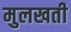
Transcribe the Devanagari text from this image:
मुलखती